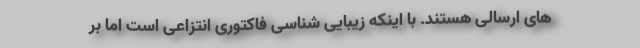
های ارسالی هستند. با اینکه زیبایی شناسی فاکتوری انتزاعی است اما بر